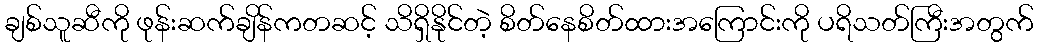
ချစ်သူဆီကို ဖုန်းဆက်ချိန်ကတဆင့် သိရှိနိုင်တဲ့ စိတ်နေစိတ်ထားအကြောင်းကို ပရိသတ်ကြီးအတွက်